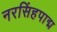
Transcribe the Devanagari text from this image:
नरसिंहपाद्म